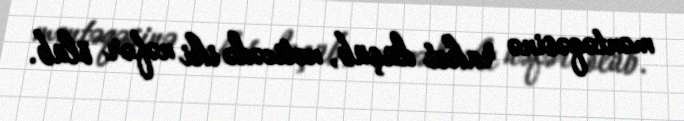
məntəqəsinə raket düşüb, nəticədə iki nəfər ölüb.